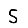
Digit: 5